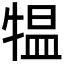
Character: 𤛁